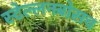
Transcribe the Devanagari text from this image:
स्‍टेल्‍लनबोसच